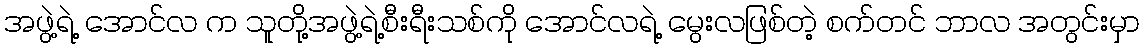
အဖွဲ့ရဲ့ အောင်လ က သူတို့အဖွဲ့ရဲ့စီးရီးသစ်ကို အောင်လရဲ့ မွေးလဖြစ်တဲ့ စက်တင် ဘာလ အတွင်းမှာ